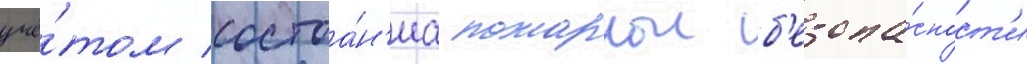
учё́том состоа́н'иа пожарнои б'езопа́сност'и